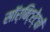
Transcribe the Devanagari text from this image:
सॉर्बिट्रेट्ची